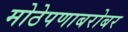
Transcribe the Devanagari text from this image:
मोठेपणाबरोबर